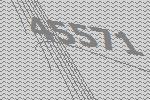
45571